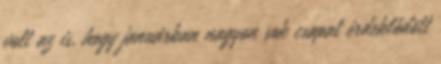
volt az is, hogy januárban nagyon sok csapat érdeklődött